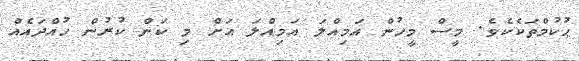
ޙުކުމްތަކެކެވެ. މީސް މީހުން އަމިއްލަ އަމިއްލަ އަށް މި ކަން ކުރުން ހުއްދައެއް